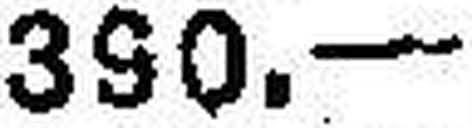
390.—